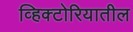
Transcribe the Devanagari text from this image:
व्हिक्टोरियातील